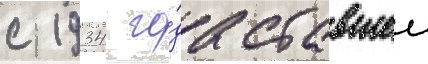
с 1934 го́да ставшеи